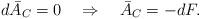
LaTeX: \begin{align*} d\bar{A}_C = 0 \quad \Rightarrow \quad \bar{A}_C = -dF.\end{align*}